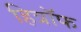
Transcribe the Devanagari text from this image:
हित्रॉफ